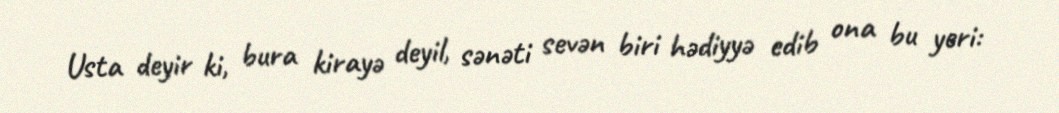
Usta deyir ki, bura kirayə deyil, sənəti sevən biri hədiyyə edib ona bu yeri: